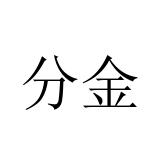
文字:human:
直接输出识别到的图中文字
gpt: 分金